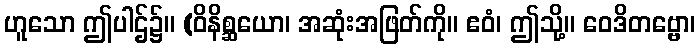
ဟူသော ဤပါဌ်၌။ (ဝိနိစ္ဆယော၊ အဆုံးအဖြတ်ကို။ ဧဝံ၊ ဤသို့။ ဝေဒိတဗ္ဗော၊